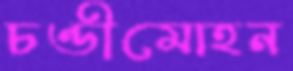
চণ্ডীমোহন